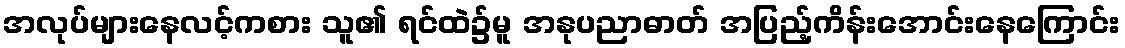
အလုပ်များနေလင့်ကစား သူ၏ ရင်ထဲ၌မူ အနုပညာဓာတ် အပြည့်ကိန်းအောင်းနေကြောင်း